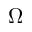
\Omega